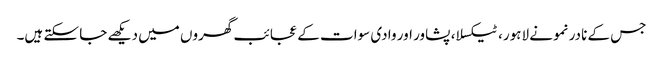
جس کے نادر نمونے لاہور، ٹیکسلا، پشاور اور وادی سوات کے عجائب گھروں میں دیکھے جا سکتے ہیں۔